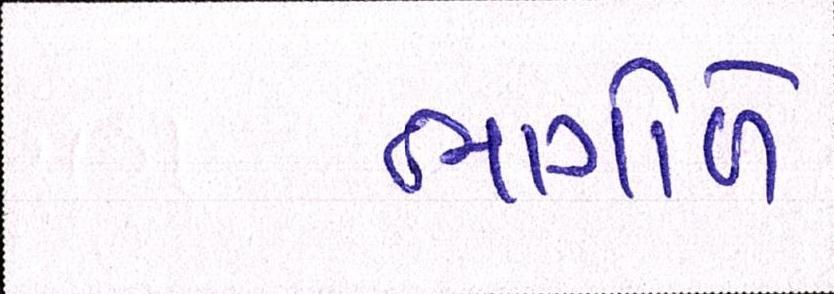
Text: ભાગોળે